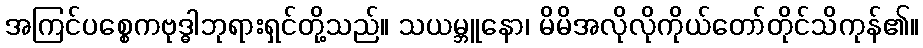
အကြင်ပစ္စေကဗုဒ္ဓါဘုရားရှင်တို့သည်။ သယမ္ဘူနော၊ မိမိအလိုလိုကိုယ်တော်တိုင်သိကုန်၏။